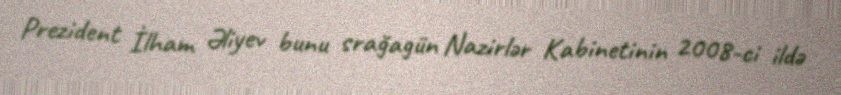
Prezident İlham Əliyev bunu srağagün Nazirlər Kabinetinin 2008-ci ildə